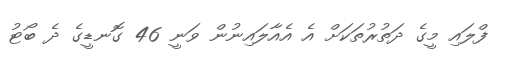
ފްލައި މީގެ ދަތުރުތަކަށް އެ އެއާލައިނުން ވަނީ 46 ގޮނޑީގެ ދެ ބޯޓު